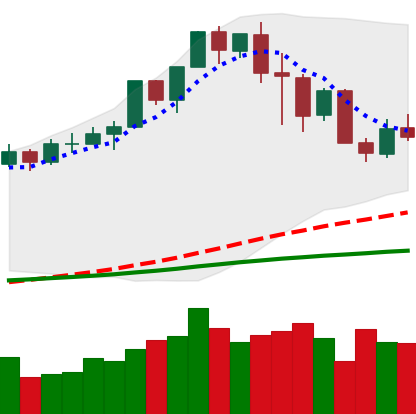
Ticker: XMR-USD
Chart end date: 2020-02-22
Forward return: -11.719%
Label: down_7plus